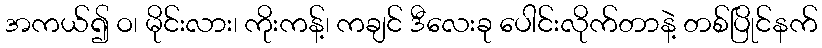
အကယ်၍ ဝ၊ မိုင်းလား၊ ကိုးကန့်၊ ကချင် ဒီလေးခု ပေါင်းလိုက်တာနဲ့ တစ်ပြိုင်နက်